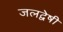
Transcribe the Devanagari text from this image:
जलद्वेषी